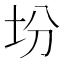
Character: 坋